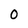
Character: 0